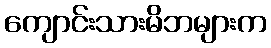
ကျောင်းသားမိဘများက